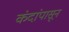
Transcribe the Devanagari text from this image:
कंदांपासून